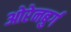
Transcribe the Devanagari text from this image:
ओरेनबुर्ग